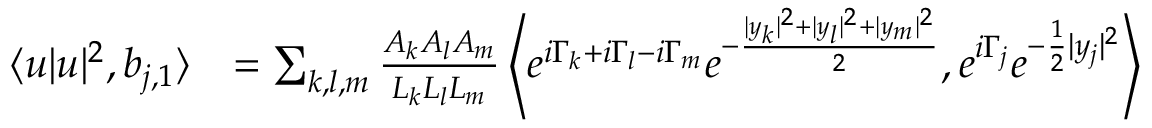
\begin{array} { r l } { \langle u | u | ^ { 2 } , b _ { j , 1 } \rangle } & { = \sum _ { k , l , m } \frac { A _ { k } A _ { l } A _ { m } } { L _ { k } L _ { l } L _ { m } } \left\langle e ^ { i \Gamma _ { k } + i \Gamma _ { l } - i \Gamma _ { m } } e ^ { - \frac { | y _ { k } | ^ { 2 } + | y _ { l } | ^ { 2 } + | y _ { m } | ^ { 2 } } { 2 } } , e ^ { i \Gamma _ { j } } e ^ { - \frac { 1 } { 2 } | y _ { j } | ^ { 2 } } \right\rangle } \end{array}